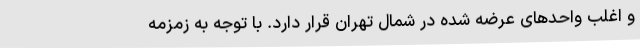
و اغلب واحدهای عرضه شده در شمال تهران قرار دارد. با توجه به زمزمه